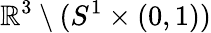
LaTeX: \mathbb{R}^{3}\setminus(S^{1}\times(0,1))